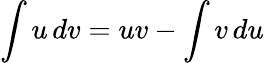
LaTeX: \int u\, dv=uv-\int v\, du